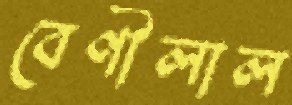
বেণীলাল